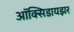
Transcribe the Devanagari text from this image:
ऑक्‍सिडायझर